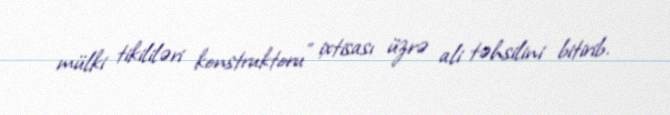
mülki tikililəri konstruktoru” ixtisası üzrə ali təhsilini bitirib.